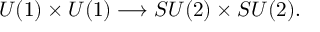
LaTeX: U ( 1 ) \times U ( 1 ) \longrightarrow S U ( 2 ) \times S U ( 2 ) .